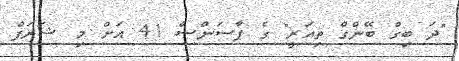
"ދަ ބިގް ބޭންގް ތިއަރީ" ގެ ޕާސަންސް 41 އަށް މި ޝަރަފް